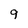
Character: 9